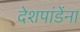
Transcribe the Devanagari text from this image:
देशपांडेंना